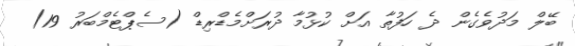
ބޭލް މަދުވެގެން ދެ ހަފުތާ އަށް ކުޅުމާ ދުރަށްމެޑްރިޑް (ސެޕްޓެމްބަރު 19)